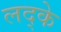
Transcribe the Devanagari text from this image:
लद्के